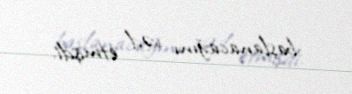
başlanacağını vəd etmişdi.